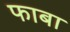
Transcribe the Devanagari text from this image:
फाबा